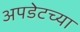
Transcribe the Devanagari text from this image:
अपडेटच्या